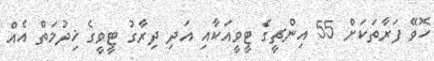
ހޮވޭ ފަރާތަކަށް 55 އިންޗީގެ ޓީވީއަކާއި އަދި ދިރާގު ޓީވީގެ ޚިދުމަތް އެއް